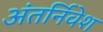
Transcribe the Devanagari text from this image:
अंतर्निवेश